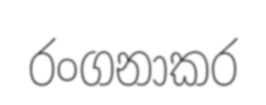
රංගනාකර